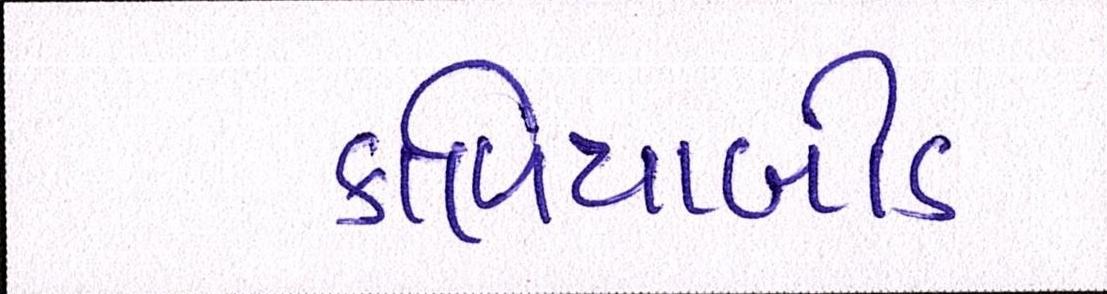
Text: કાળિયાબીડ